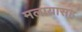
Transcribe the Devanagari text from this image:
मलायासह